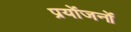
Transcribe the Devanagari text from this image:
प्रयोंजनों